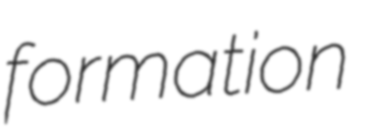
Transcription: formation